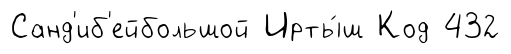
Санд'иб'ейбольшой Ирты́ш Код 432